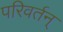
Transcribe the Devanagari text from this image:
परिवर्तन्